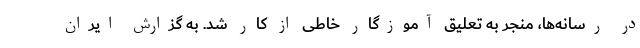
در رسانه‌ها، منجر به تعلیق آموزگار خاطی از کار شد. به گزارش ایران